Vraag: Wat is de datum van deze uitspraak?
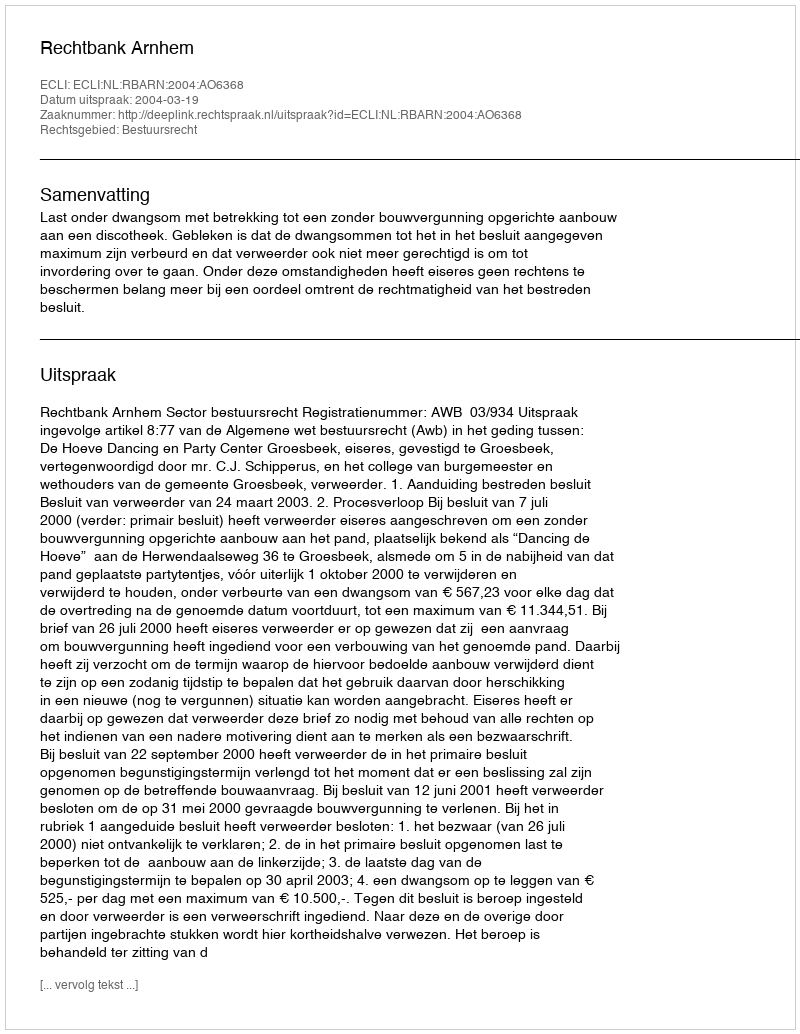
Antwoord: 2004-03-19